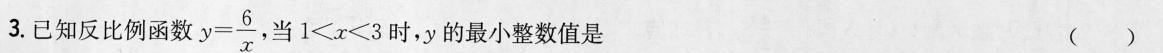
3.已知反比例函数 $$y= \frac { 6 } { x }$$，当$$1 ＜ x < 3$$时，y的最小整数值是( )